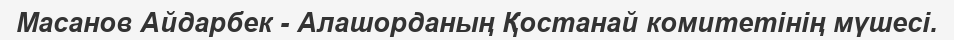
Масанов Айдарбек - Алашорданың Қостанай комитетінің мүшесі.